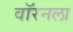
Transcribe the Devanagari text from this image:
वॉरनला